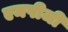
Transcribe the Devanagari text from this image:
एमपीजी